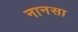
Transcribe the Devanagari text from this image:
नानसा